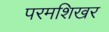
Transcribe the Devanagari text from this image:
परमशिखर